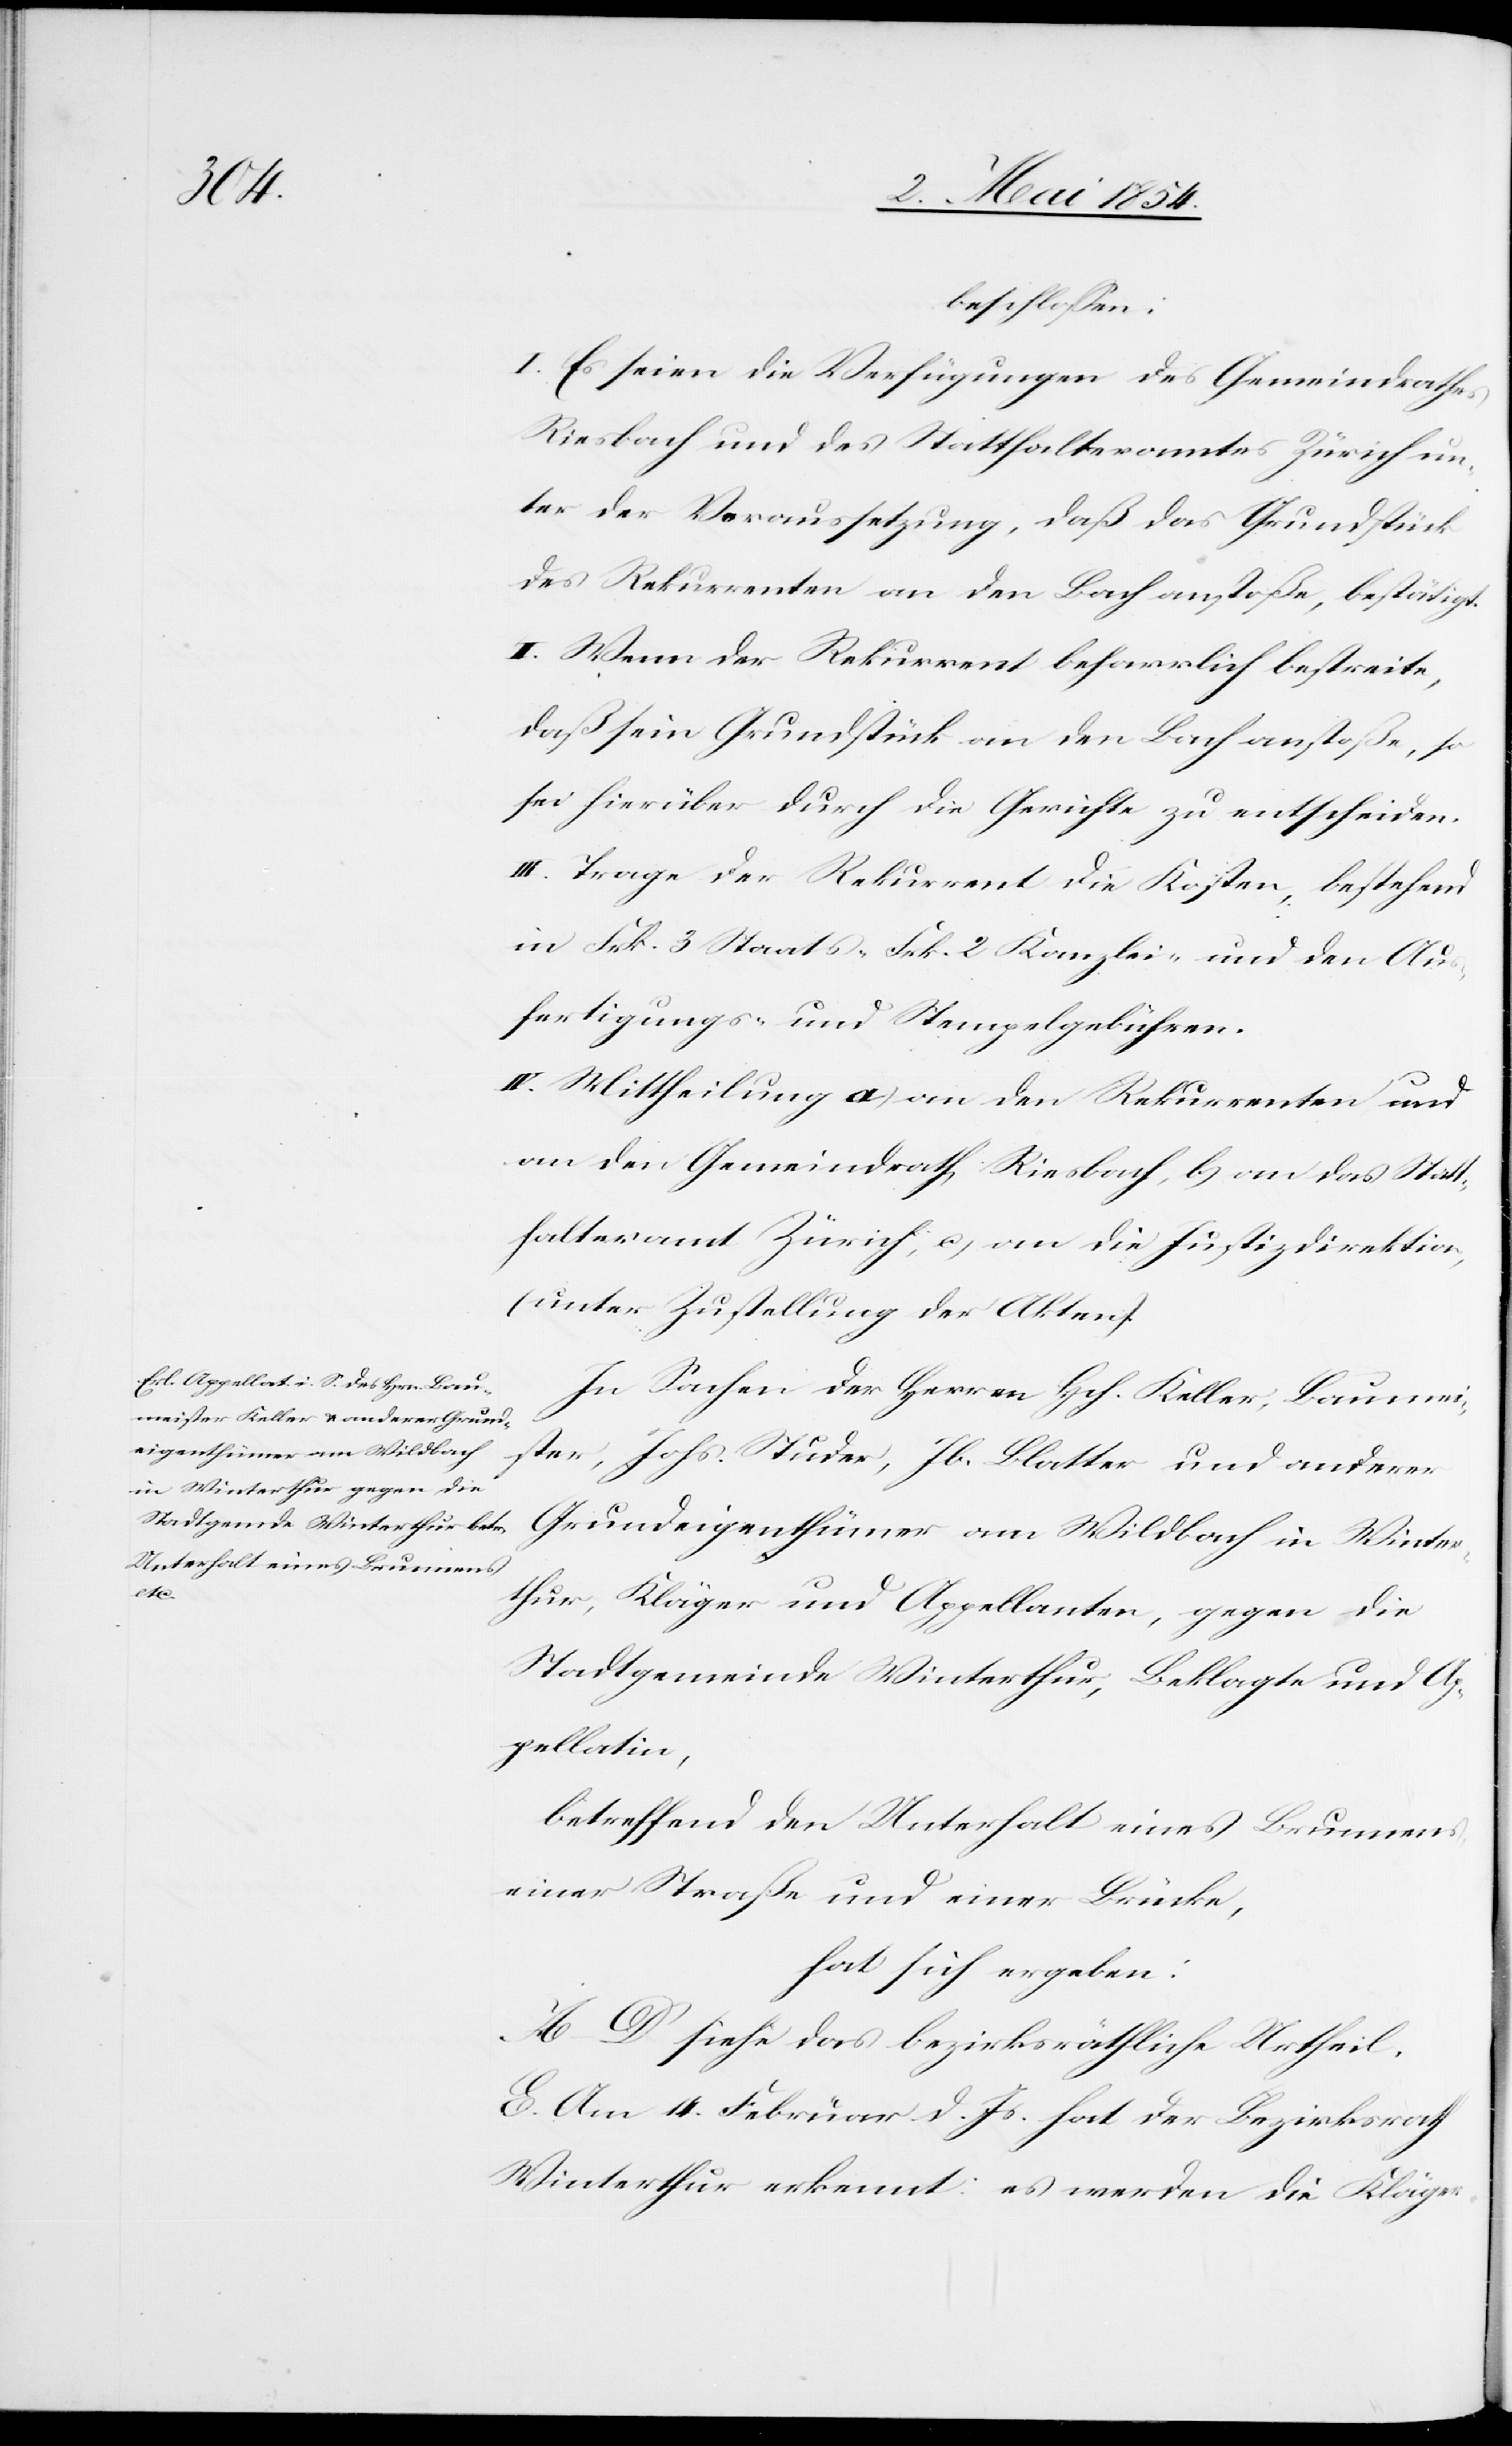
beschloßen:
I. Es seien die Verfügungen des Gemeindrathes
Riesbach und des Statthalteramtes Zürich un¬
ter der Voraussetzung, daß das Grundstück
des Rekurrenten an den Bach anstoße, bestätigt.
II. Wenn der Rekurrent beharrlich bestreite,
daß sein Grundstück an den Bach anstoße, so
sei hierüber durch die Gerichte zu entscheiden.
III. Trage der Rekurrent die Kosten, bestehend
in Frk. 3 Staats-[,] Frk. 2 Kanzlei- und den Aus¬
fertigungs- und Stempelgebühren.
IV. Mittheilung a) an den Rekurrenten und
an den Gemeindrath Riesbach, b) an das Statt¬
halteramt Zürich, c) an die Justizdirektion,
(unter Zustellung der Akten).
In Sachen der Herren Hch. Keller, Baumei¬
ster, Johs. Studer, Jb. Blatter und anderer
Grundeigenthümer am Wildbach in Winte¬
rthur, Kläger und Appellanten, gegen die
Stadtgemeinde Winterthur, Beklagte und Ap¬
pellatin,
betreffend den Unterhalt eines Brunnens,
einer Straße und einer Brücke,
hat sich ergeben:
A.–D. siehe das bezirksräthliche Urtheil.
E. Am 14. Februar d. Js. hat der Bezirksrath
Winterthur erkennt: es werden die Kläger